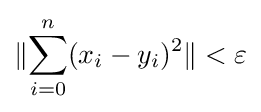
\lVert \sum _{i=0}^{n}(x_{i}-y_{i})^{2}\rVert <\varepsilon